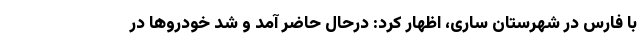
با فارس در شهرستان ساری، اظهار کرد: درحال حاضر آمد و شد خودروها در